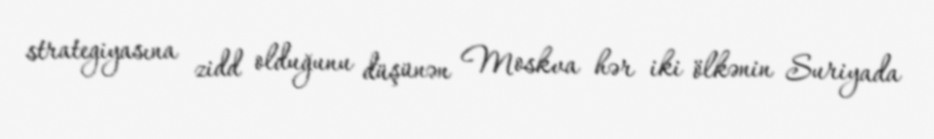
strategiyasına zidd olduğunu düşünən Moskva hər iki ölkənin Suriyada